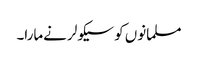
مسلمانوں کو سیکولر نےمارا۔